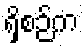
ရှိစဉ်က